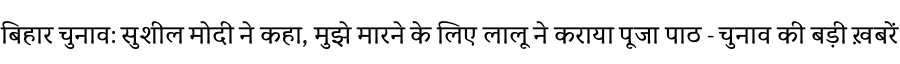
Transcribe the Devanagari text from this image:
बिहार चुनाव: सुशील मोदी ने कहा, मुझे मारने के लिए लालू ने कराया पूजा पाठ - चुनाव की बड़ी ख़बरें